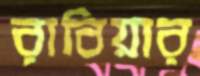
রাবিয়ার